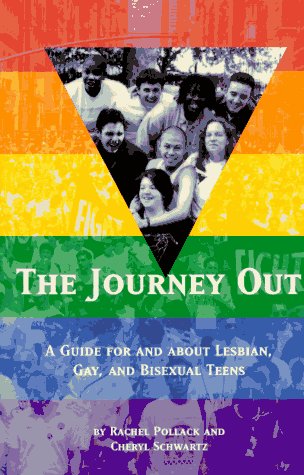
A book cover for The Journey Out: A Guide for and About Lesbian, Gay, and Bisexual Teens; Rachel Pollack; Gay & Lesbian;